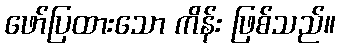
ဖော်ပြထားသော ကိန်း ဖြစ်သည်။